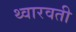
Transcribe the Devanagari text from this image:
थ्वारवती